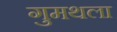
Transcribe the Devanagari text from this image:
गुमथला